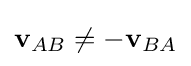
{\textstyle \mathbf {v} _{AB}\neq -\mathbf {v} _{BA}}